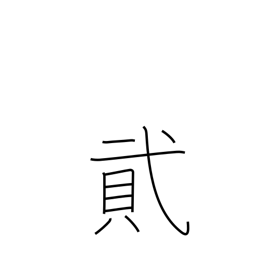
Meaning: number two